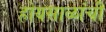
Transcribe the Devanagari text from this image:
होयसाळांची